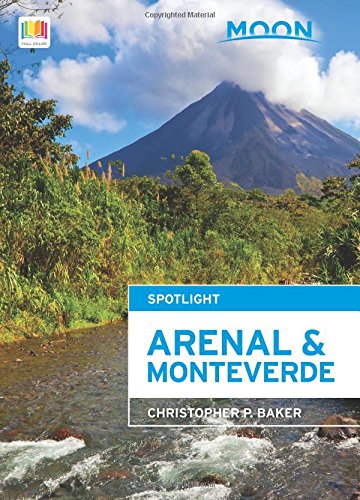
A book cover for Moon Spotlight Arenal & Monteverde; Christopher P. Baker; Travel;